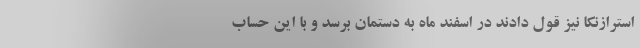
استرازنکا نیز قول دادند در اسفند ماه به دستمان برسد و با این حساب